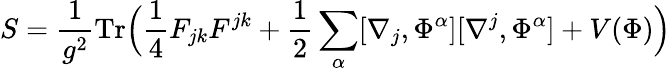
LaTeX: S=\frac{1}{g^{2}}\mathrm{Tr}\Bigl(\frac{1}{4}F_{jk}F^{jk}+\frac{1}{2}\sum_{\alpha}[\nabla_{j},\Phi^{\alpha}][\nabla^{j},\Phi^{\alpha}]+V(\Phi)\Bigr)